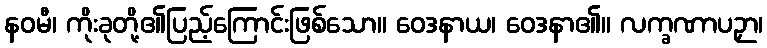
နဝမီ၊ ကိုးခုတို့၏ပြည့်ကြောင်းဖြစ်သော။ ဝေဒနာယ၊ ဝေဒနာ၏။ လက္ခဏာပဉှာ၊